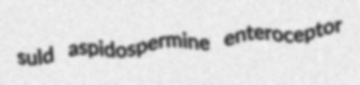
suld aspidospermine enteroceptor